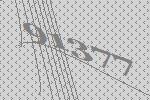
91377